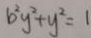
b ^ { 2 } y ^ { 2 } + y ^ { 2 } = 1